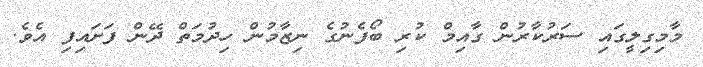
މާމިގިލީގައި ސަރުކާރުން ގާއިމް ކުރި ބޯފެނުގެ ނިޒާމުން ހިދުމަތް ދޭން ފަށައިފި އެވެ.